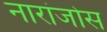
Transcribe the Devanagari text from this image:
नारांजोस